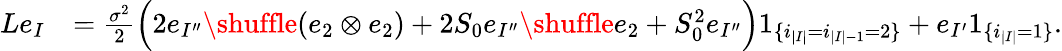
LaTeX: \begin{array}{rl}{Le_{I}}&{=\frac{\sigma^{2}}2\Big(2e_{I^{\prime\prime}}\shuffle(e_{2}\otimes e_{2})+2S_{0}e_{I^{\prime\prime}}\shuffle e_{2}+S_{0}^{2}e_{I^{\prime\prime}}\Big)1_{\{ i_{|I|}=i_{|I|-1}=2\} }+e_{I^{\prime}}1_{\{ i_{|I|}=1\} }.}\end{array}